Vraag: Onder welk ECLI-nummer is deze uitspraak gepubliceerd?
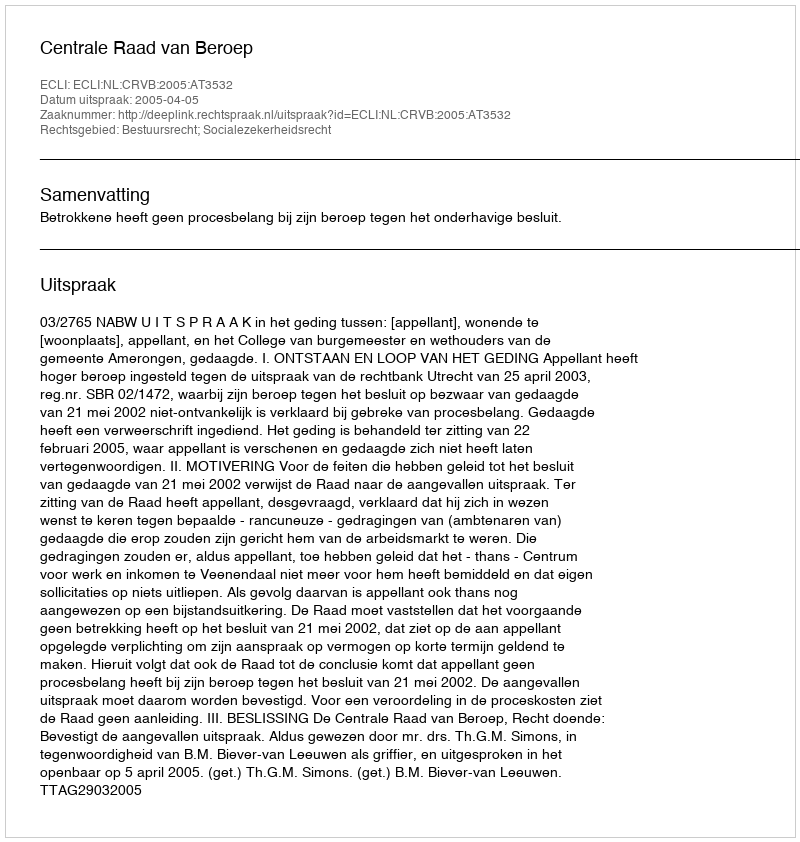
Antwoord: ECLI:NL:CRVB:2005:AT3532